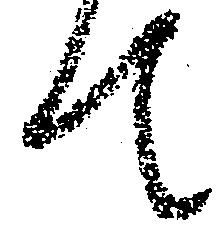
て